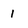
Character: 1